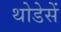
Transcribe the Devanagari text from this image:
थोडेसें